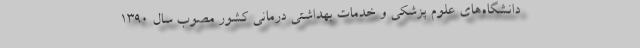
دانشگاه‌‌های علوم پزشکی و خدمات بهداشتی درمانی کشور مصوب سال 1390